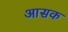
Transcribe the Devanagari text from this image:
आसक